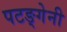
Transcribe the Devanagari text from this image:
पटङ्गेनी